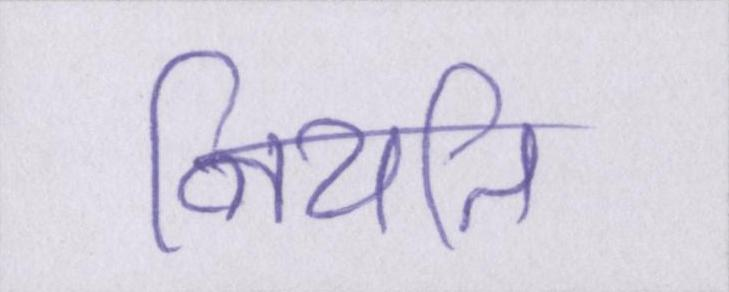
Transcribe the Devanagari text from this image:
नियति